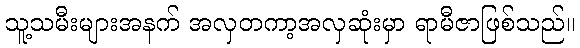
သူ့သမီးများအနက် အလှတကာ့အလှဆုံးမှာ ရာမီဇာဖြစ်သည်။